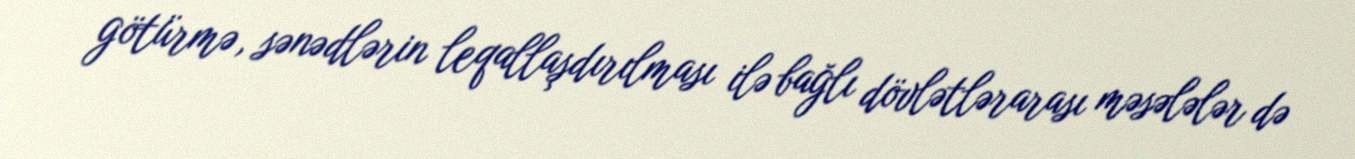
götürmə, sənədlərin leqallaşdırılması ilə bağlı dövlətlərarası məsələlər də